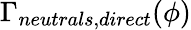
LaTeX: \Gamma_{neutrals,direct}(\phi)